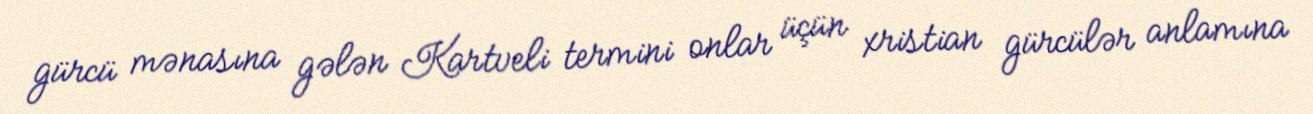
gürcü mənasına gələn Kartveli termini onlar üçün xristian gürcülər anlamına